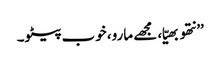
’’نتھو بھیّا، مجھے مارو، خوب پیٹو۔